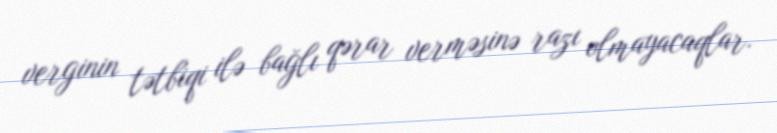
verginin tətbiqi ilə bağlı qərar verməsinə razı olmayacaqlar.